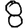
Digit: 8